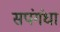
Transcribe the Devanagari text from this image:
सपंगंधा